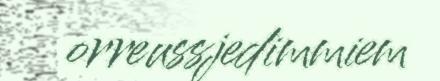
orreussjedimmiem